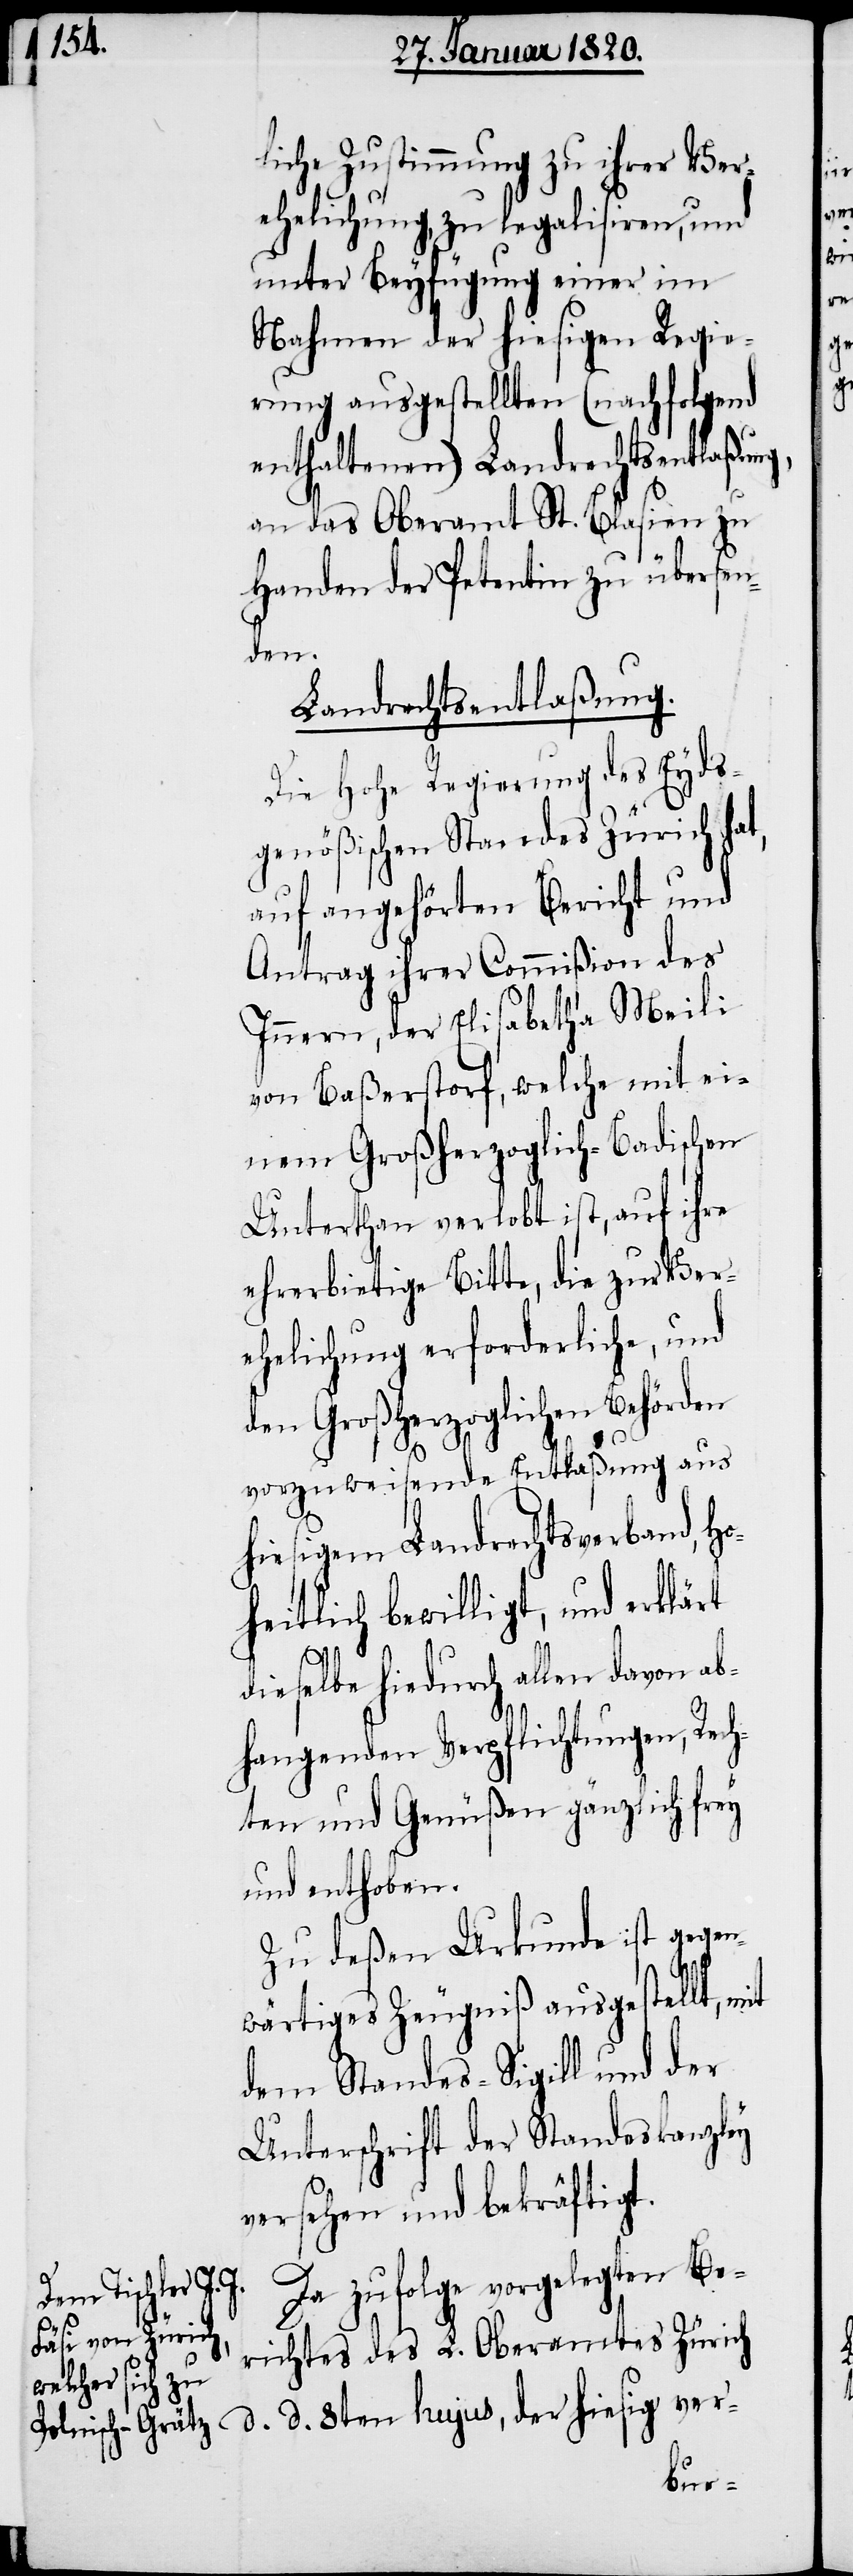
liche Zustimmung zu ihrer Ver¬
ehelichung, zu legalisiren, und
unter Beyfügung einer im
Nahmen der hiesigen Regie¬
rung ausgestellten (nachfolgend
enthaltenen) Landrechtsentlaßung,
an das Oberamt St. Blasien zu
Handen der Petentin zu übersen¬
den.
Landrechtsentlaßung.
Die Hohe Regierung des Eyds¬
genößischen Standes Zürich hat,
auf angehörten Bericht und
Antrag ihrer Commißion des
Innern, der Elisabetha Meili
von Baßerstorf, welche mit ei¬
nem Großherzoglich-Badischen
Unterthan verlobt ist, auf ihre
ehrerbietige Bitte, die zur Ver¬
ehelichung erforderliche, und
den Großherzoglichen Behörden
vorzuweisende Entlaßung aus
hiesigem Landrechtsverband, H¬
oheitlich bewilligt, und erklärt
d. d.
dieselbe hiedurch allen davon ab¬
hangenden Verpflichtungen, Rech¬
ten und Genüßen gänzlich frey
und enthoben.
Zu deßen Urkunde ist gegen¬
wärtiges Zeugniß ausgestellt, mit
dem Standes-Sigill und der
Unterschrift der Standeskanzley
versehen und bekräftigt.
Da zufolge vorgelegten Be¬
der hiesig
richtes des L. Oberamtes Zürich
ver-